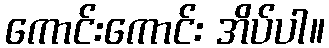
ကောင်းကောင်း အိပ်ပါ။